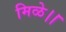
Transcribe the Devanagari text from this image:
मिळे।।